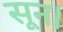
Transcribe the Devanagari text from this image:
सून।